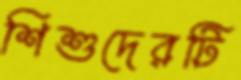
শিশুদেরটি